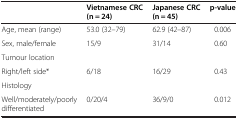
|  | Vietnamese CRC (n = 24) | Japanese CRC (n = 45) | p-value |
 | --- | --- | --- | --- |
 | Age, mean (range) | 53.0 (32–79) | 62.9 (42–87) | 0.006 |
 | Sex, male/female | 15/9 | 31/14 | 0.60 |
 | Tumour location |  |  |  |
 | Right/left side* | 6/18 | 16/29 | 0.43 |
 | Histology |  |  |  |
 | Well/moderately/poorly differentiated | 0/20/4 | 36/9/0 | 0.012 |